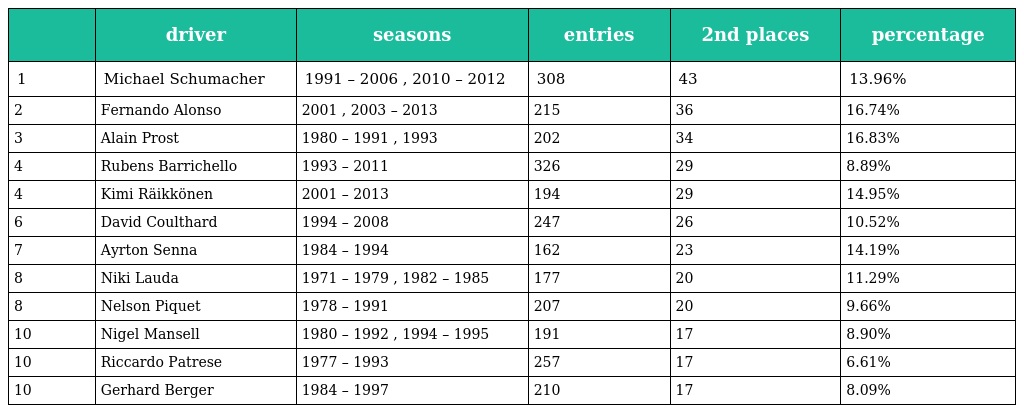
|  | driver | seasons | entries | 2nd places | percentage |
 | --- | --- | --- | --- | --- | --- |
 | 1 | Michael Schumacher | 1991 – 2006 , 2010 – 2012 | 308 | 43 | 13.96% |
 | 2 | Fernando Alonso | 2001 , 2003 – 2013 | 215 | 36 | 16.74% |
 | 3 | Alain Prost | 1980 – 1991 , 1993 | 202 | 34 | 16.83% |
 | 4 | Rubens Barrichello | 1993 – 2011 | 326 | 29 | 8.89% |
 | 4 | Kimi Räikkönen | 2001 – 2013 | 194 | 29 | 14.95% |
 | 6 | David Coulthard | 1994 – 2008 | 247 | 26 | 10.52% |
 | 7 | Ayrton Senna | 1984 – 1994 | 162 | 23 | 14.19% |
 | 8 | Niki Lauda | 1971 – 1979 , 1982 – 1985 | 177 | 20 | 11.29% |
 | 8 | Nelson Piquet | 1978 – 1991 | 207 | 20 | 9.66% |
 | 10 | Nigel Mansell | 1980 – 1992 , 1994 – 1995 | 191 | 17 | 8.90% |
 | 10 | Riccardo Patrese | 1977 – 1993 | 257 | 17 | 6.61% |
 | 10 | Gerhard Berger | 1984 – 1997 | 210 | 17 | 8.09% |